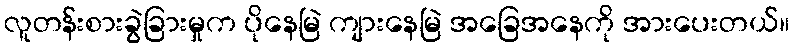
လူတန်းစားခွဲခြားမှုက ပိုနေမြဲ ကျားနေမြဲ အခြေအနေကို အားပေးတယ်။